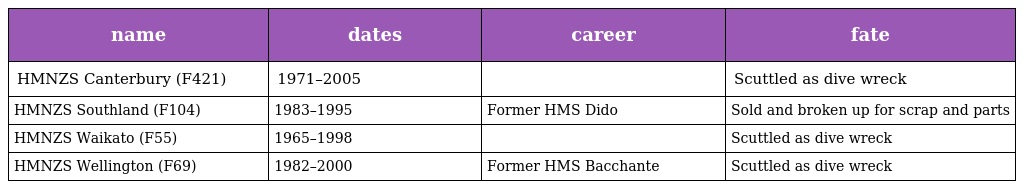
| name | dates | career | fate |
 | --- | --- | --- | --- |
 | HMNZS Canterbury (F421) | 1971–2005 |  | Scuttled as dive wreck |
 | HMNZS Southland (F104) | 1983–1995 | Former HMS Dido | Sold and broken up for scrap and parts |
 | HMNZS Waikato (F55) | 1965–1998 |  | Scuttled as dive wreck |
 | HMNZS Wellington (F69) | 1982–2000 | Former HMS Bacchante | Scuttled as dive wreck |